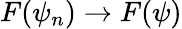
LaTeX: F(\psi_{n})\rightarrow F(\psi)